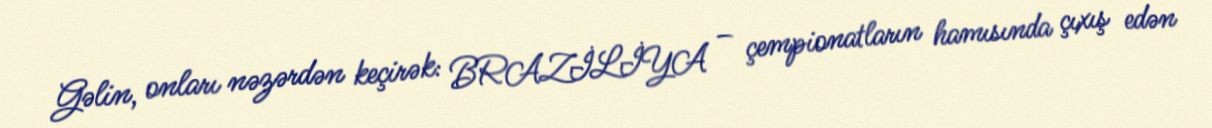
Gəlin, onları nəzərdən keçirək: BRAZİLİYA – çempionatların hamısında çıxış edən